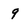
Character: 9